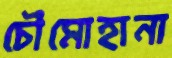
চৌমোহানা